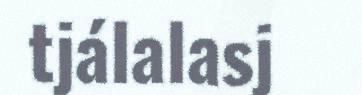
tjálalasj